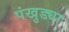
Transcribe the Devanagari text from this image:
पंखुड्या